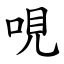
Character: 哯